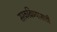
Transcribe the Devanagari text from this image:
सरकविण्यासाठी